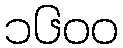
၁၆၀၀